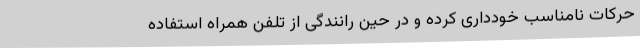
حرکات نامناسب خودداری کرده و در حین رانندگی از تلفن همراه استفاده